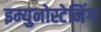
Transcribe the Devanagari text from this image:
इम्युनोस्टेनिंग